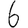
Digit: 6